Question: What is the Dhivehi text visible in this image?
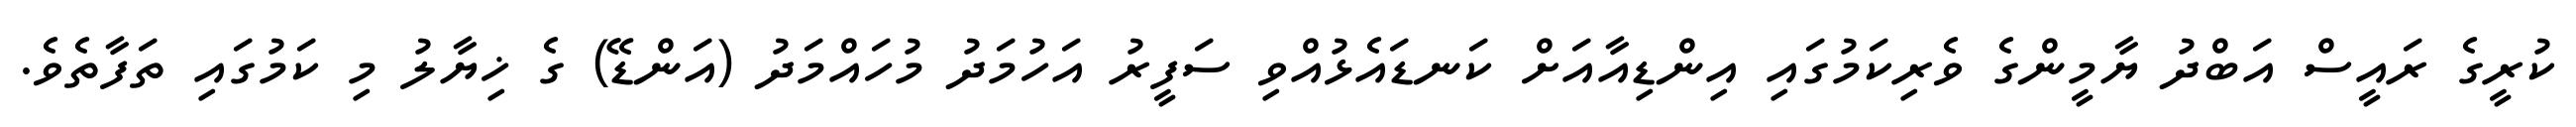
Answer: ކުރީގެ ރައީސް އަބްދު ޔާމީންގެ ވެރިކަމުގައި އިންޑިއާއަށް ކަނޑައެޅުއްވި ސަފީރު އަހުމަދު މުހައްމަދު (އަންޑޭ) ގެ ޚިޔާލު މި ކަމުގައި ތަފާތެވެ.